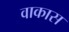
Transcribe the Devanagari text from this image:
वाकास